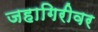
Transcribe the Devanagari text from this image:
जहागिरीवर